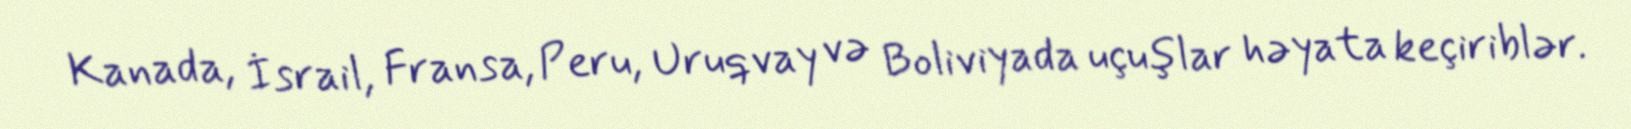
Kanada, İsrail, Fransa, Peru, Uruqvay və Boliviyada uçuşlar həyata keçiriblər.